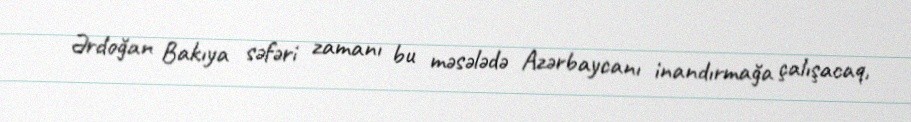
Ərdoğan Bakıya səfəri zamanı bu məsələdə Azərbaycanı inandırmağa çalışacaq,